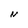
Character: N